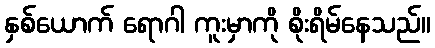
နှစ်ယောက် ရောဂါ ကူးမှာကို စိုးရိမ်နေသည်။